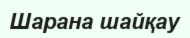
Шарана шайқау